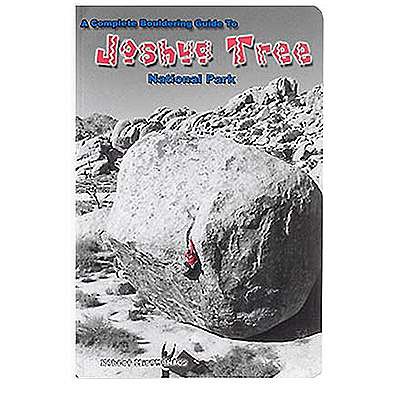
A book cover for A Complete Bouldering Guide to Joshua Tree National Park; Robert Miramontes; Sports & Outdoors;